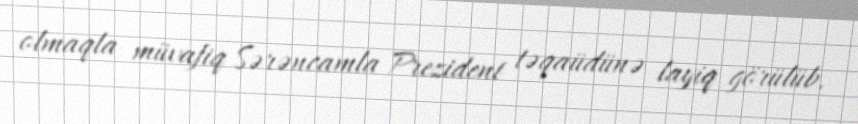
olmaqla müvafiq Sərəncamla Prezident təqaüdünə layiq görülüb.